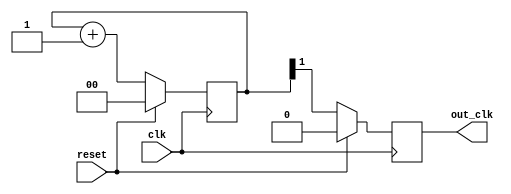
module clkdivider(
                  reset                   ,//input
                  clk                     ,//input
                  out_clk                  //output
                  )                       ;
//port declaration
input             reset, clk              ;//input declaration 
output reg        out_clk                 ;//output declaration
reg         [1:0] clk_count               ;//register for count

/*Here the clock count is incremented for every positive edge and the out clock is taken as msb of clock count that will be equal to 2 times period of original clock*/
always @ (posedge clk)
   begin
      if (reset)
         begin
            clk_count <= 0                ;//reset clk count
            out_clk   <= 0                ;//reset output
         end
      else
         begin
            clk_count <= clk_count + 1    ;//clock count is incremented
            out_clk   <= clk_count[1]     ;
         end
   end
endmodule